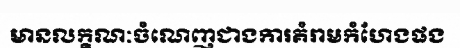
មានលក្ខណៈចំណេញជាងការគំរាមកំហែងផង